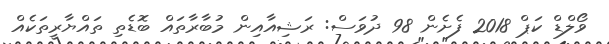
ވޯލްޑް ކަޕް 2018 ފެށެން 98 ދުވަސް: ރަޝިއާއިން މުބާރާތައް ބޮޑެތި ތައްޔާރީތަކެއް